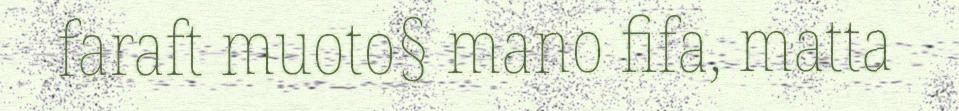
faraft muoto§ mano fifa, matta